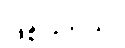
ဖြစ်ပါတယ်။